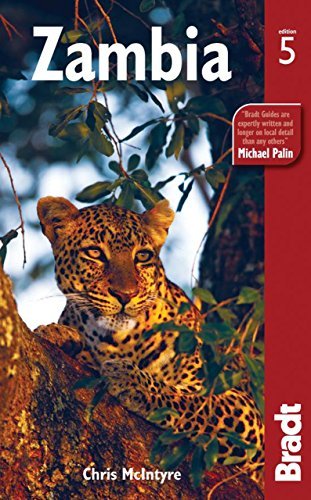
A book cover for By Chris Mcintyre Zambia (Bradt Travel Guide Zambia) (Fifth Edition); Travel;